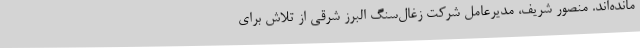
مانده‌اند. منصور شریف، مدیرعامل شرکت زغال‌سنگ البرز شرقی از تلاش برای